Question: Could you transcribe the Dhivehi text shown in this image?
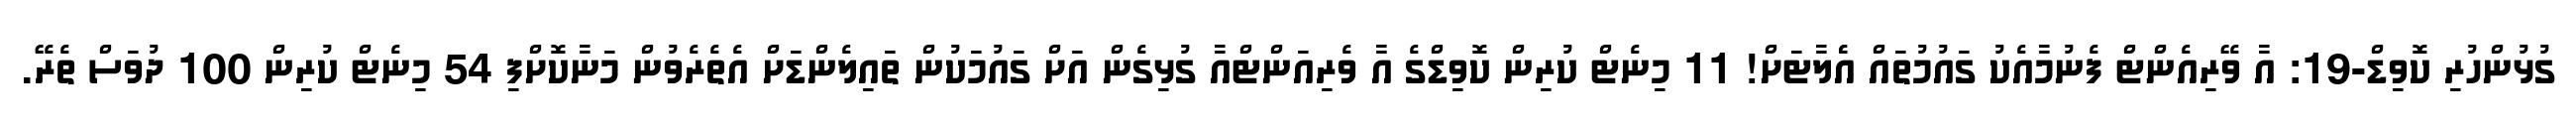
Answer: ގުޅުންހުރި ކޮވިޑް-19: އާ ވޭރިއެންޓް ފެނުމާއެކު ގައުމުތައް އެެލާޓަށް! 11 މިނެޓް ކުރިން ކޮވިޑްގެ އާ ވެރިއަންޓްއާ ގުޅިގެން އަށް ގައުމަކުން ތައިލެންޑަށް އެތެރެވުން މަނާކޮށްފި 54 މިނެޓް ކުރިން 100 ދުވަސް ތެރޭ.